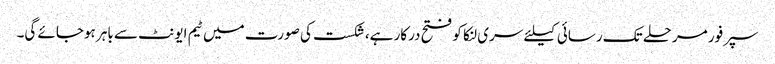
سپرفور مرحلے تک رسائی کیلئے سری لنکا کو فتح درکار ہے،شکست کی صورت میں ٹیم ایونٹ سے باہر ہوجائے گی۔